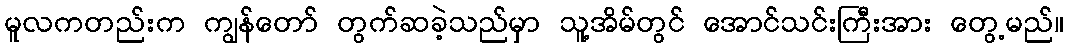
မူလကတည်းက ကျွန်တော် တွက်ဆခဲ့သည်မှာ သူ့အိမ်တွင် အောင်သင်းကြီးအား တွေ့မည်။